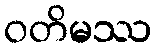
ဝတိမဿ